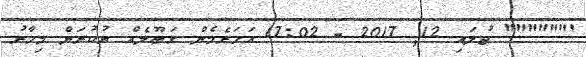
'"""""" ޖުލައި 12